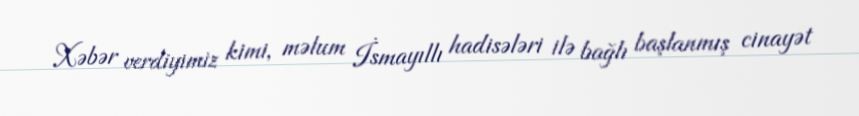
Xəbər verdiyimiz kimi, məlum İsmayıllı hadisələri ilə bağlı başlanmış cinayət